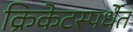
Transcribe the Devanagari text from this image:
क्रिकेटस्पर्धेत